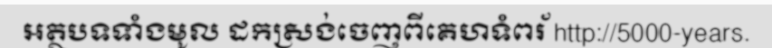
អត្ថបទទាំងមូល ដកស្រង់ចេញពីគេហទំពរ័ http://5000-years.